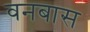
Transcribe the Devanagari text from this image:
वनबास